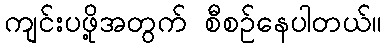
ကျင်းပဖို့အတွက် စီစဉ်နေပါတယ်။